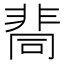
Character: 𩇷